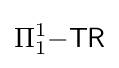
\Pi _{1}^{1}{\mathsf {-TR}}